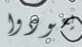
يعودوا